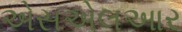
એસએલઆર